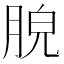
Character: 𦛮